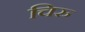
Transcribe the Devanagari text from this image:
चिरु